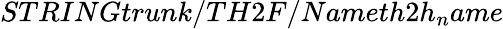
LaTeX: STRINGtrunk/TH2F/Nameth2h_{n}ame